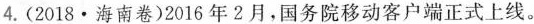
4.(2018·海南卷)2016年2月，国务院移动客户端正式上线。